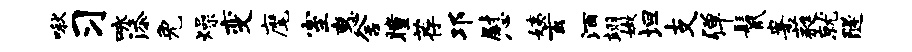
啾习咏添免燥变麾室惠舍瞳荐邛慰姨玄酒翊嫩坦支弹鬣案蕤就隧